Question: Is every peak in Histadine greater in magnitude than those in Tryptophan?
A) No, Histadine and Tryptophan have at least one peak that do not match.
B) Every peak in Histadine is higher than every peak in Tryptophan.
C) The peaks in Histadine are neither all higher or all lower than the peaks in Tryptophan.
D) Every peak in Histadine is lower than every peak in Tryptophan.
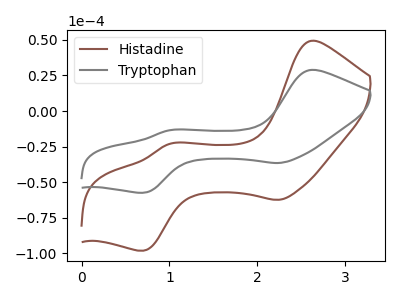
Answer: <think>The brown curve "Histadine" has anodic peaks at (2.60V, 49.30uA) (1.00V, -23.15uA) and cathodic peaks at (2.25V, -62.35uA) (0.70V, -98.05uA). The gray curve "Tryptophan" has anodic peaks at (2.60V, 28.85uA) (1.00V, -13.55uA) and cathodic peaks at (2.25V, -36.50uA) (0.70V, -57.40uA).</think>
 <answer>C) The peaks in "Histadine" are neither all higher or all lower than the peaks in "Tryptophan".</answer>
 <eval>C</eval>